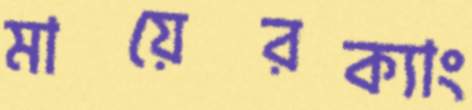
মায়েরক্যাং